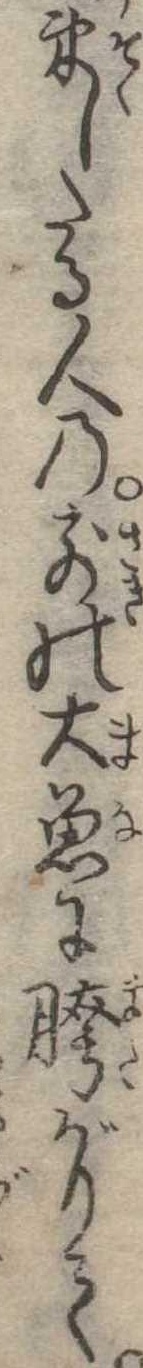
束したる人の前の大魚に胯がりて